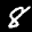
Label: 8